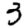
Digit: 3